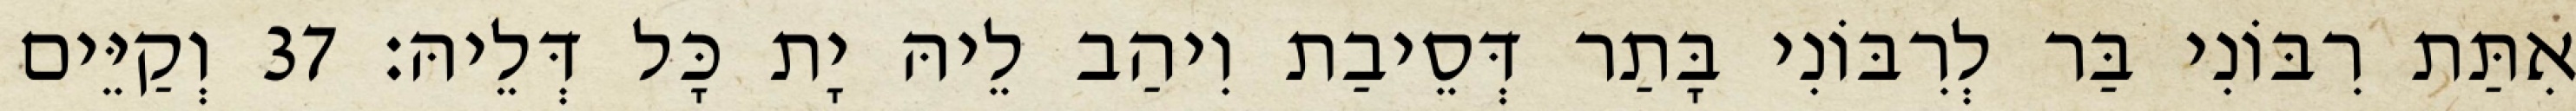
אִתַּת רִבּוֹנִי בַּר לְרִבּוֹנִי בָּתַר דְּסֵיבַת וִיהַב לֵיהּ יָת כָּל דְּלֵיהּ׃ 37 וְקַיֵּים